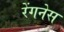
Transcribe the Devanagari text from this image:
रेंगनेस